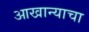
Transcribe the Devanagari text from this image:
आखान्याचा